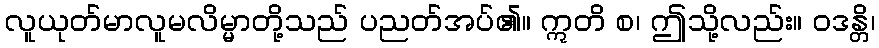
လူယုတ်မာလူမလိမ္မာတို့သည် ပညတ်အပ်၏။ ဣတိ စ၊ ဤသို့လည်း။ ဝဒန္တိ၊